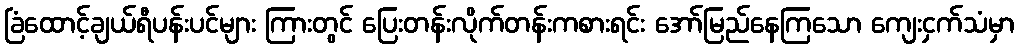
ခြံထောင့်ချယ်ရီပန်းပင်များ ကြားတွင် ပြေးတန်းလိုက်တန်းကစားရင်း အော်မြည်နေကြသော ကျေးငှက်သံမှာ